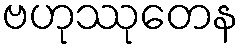
ဗဟုဿုတေန